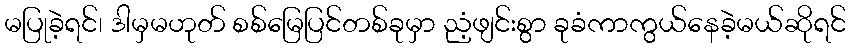
မပြုခဲ့ရင်၊ ဒါမှမဟုတ် စစ်မြေပြင်တစ်ခုမှာ ညံ့ဖျင်းစွာ ခုခံကာကွယ်နေခဲ့မယ်ဆိုရင်